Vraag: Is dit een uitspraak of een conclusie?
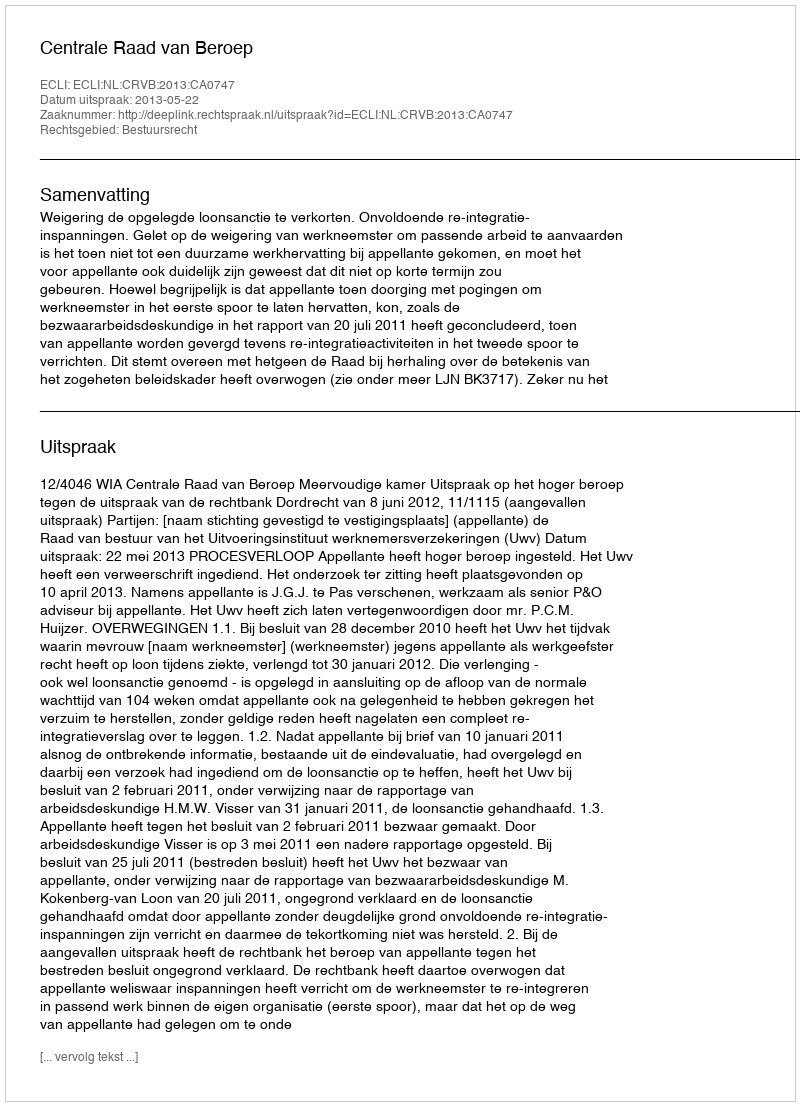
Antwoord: Uitspraak